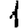
Digit: 1